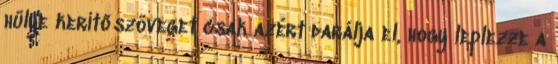
hülye kerítőszöveget csak azért darálja el, hogy leplezze a